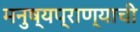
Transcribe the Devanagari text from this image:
मनुष्यप्राण्याची